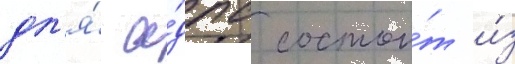
дл'я́ а́дпс состои́т и́з